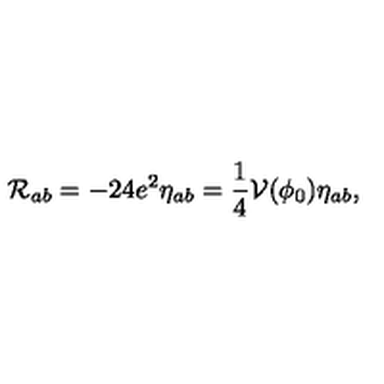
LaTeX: \mathcal { R } _ { a b } = - 2 4 e ^ { 2 } \eta _ { a b } = \frac { 1 } { 4 } \mathcal { V } ( \phi _ { 0 } ) \eta _ { a b } ,